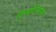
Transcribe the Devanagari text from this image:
टिमटिमाना